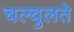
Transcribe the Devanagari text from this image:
चल्चुलते